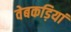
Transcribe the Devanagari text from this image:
वेबकड़ियां